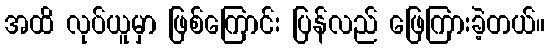
အထိ လုပ်ယူမှာ ဖြစ်ကြောင်း ပြန်လည် ဖြေကြားခဲ့တယ်။